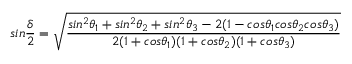
s i n \frac { \delta } { 2 } = \sqrt { \frac { s i n ^ { 2 } \theta _ { 1 } + s i n ^ { 2 } \theta _ { 2 } + s i n ^ { 2 } \theta _ { 3 } - 2 ( 1 - c o s \theta _ { 1 } c o s \theta _ { 2 } c o s \theta _ { 3 } ) } { 2 ( 1 + c o s \theta _ { 1 } ) ( 1 + c o s \theta _ { 2 } ) ( 1 + c o s \theta _ { 3 } ) } }